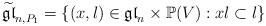
LaTeX: \begin{align*} \widetilde{\mathfrak{gl}}_{n,P_1} = \{(x, l) \in \mathfrak{gl}_n \times \mathbb{P}(V): xl \subset l\} \end{align*}